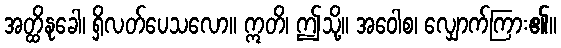
အတ္ထိနုခေါ၊ ရှိလတ်ပေသလော။ ဣတိ၊ ဤသို့။ အဝေါစ၊ လျှောက်ကြား၏။